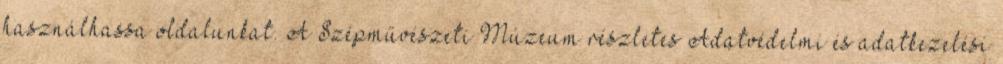
használhassa oldalunkat. A Szépművészeti Múzeum részletes Adatvédelmi és adatkezelési